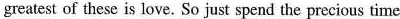
greatest of these is love. So just spend the precious time